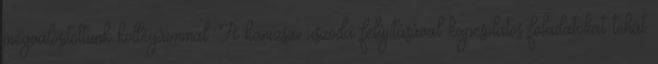
megvalósítottunk kollégáimmal. A kanizsai uszoda felújításával kapcsolatos feladatokat tehát